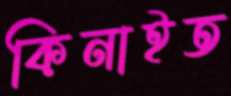
কিনাইত